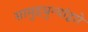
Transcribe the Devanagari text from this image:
सामुद्रधुन्यांद्वारे